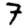
Digit: 7